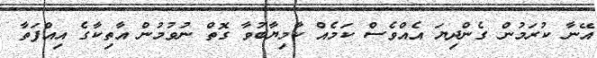
އޭނާ ކުރަމުން ގެންދިޔަ އެއްވެސް ކަމެއް ކާމިޔާބުވާ ގޮތް ނުވުމުން އާތިކާގެ އިއްފަތާ